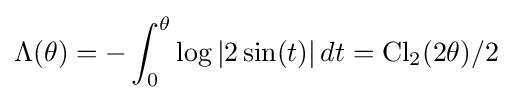
\Lambda (\theta )=-\int _{0}^{\theta }\log |2\sin(t)|\,dt=\operatorname {Cl} _{2}(2\theta )/2